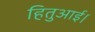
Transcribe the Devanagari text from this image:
हितुआई।